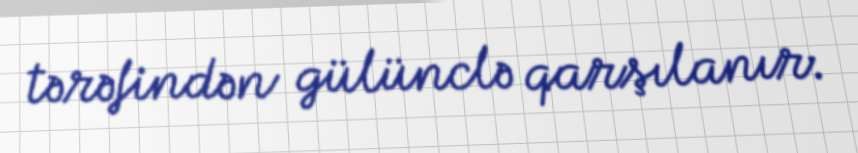
tərəfindən gülünclə qarşılanır.